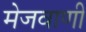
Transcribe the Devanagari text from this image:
मेजवाणी